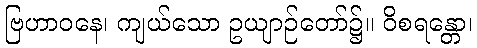
ဗြဟာဝနေ၊ ကျယ်သော ဥယျာဉ်တော်၌။ ဝိစရန္တော၊